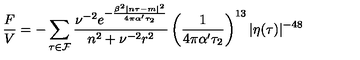
\frac { F } { V } = - \sum _ { \tau \in { \cal F } } \frac { \nu ^ { - 2 } e ^ { - \frac { \beta ^ { 2 } | n \tau - m | ^ { 2 } } { 4 \pi \alpha ^ { \prime } \tau _ { 2 } } } } { n ^ { 2 } + \nu ^ { - 2 } r ^ { 2 } } \left( \frac { 1 } { 4 \pi \alpha ^ { \prime } \tau _ { 2 } } \right) ^ { 1 3 } \vert \eta ( \tau ) \vert ^ { - 4 8 }